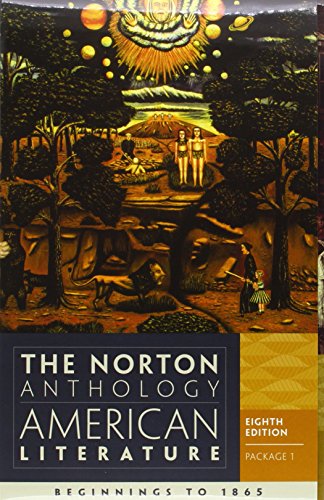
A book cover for The Norton Anthology of American Literature (Eighth Edition)  (Vol. Package 1: Vols. A & B); Literature & Fiction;